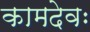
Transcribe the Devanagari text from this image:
कामदेवः